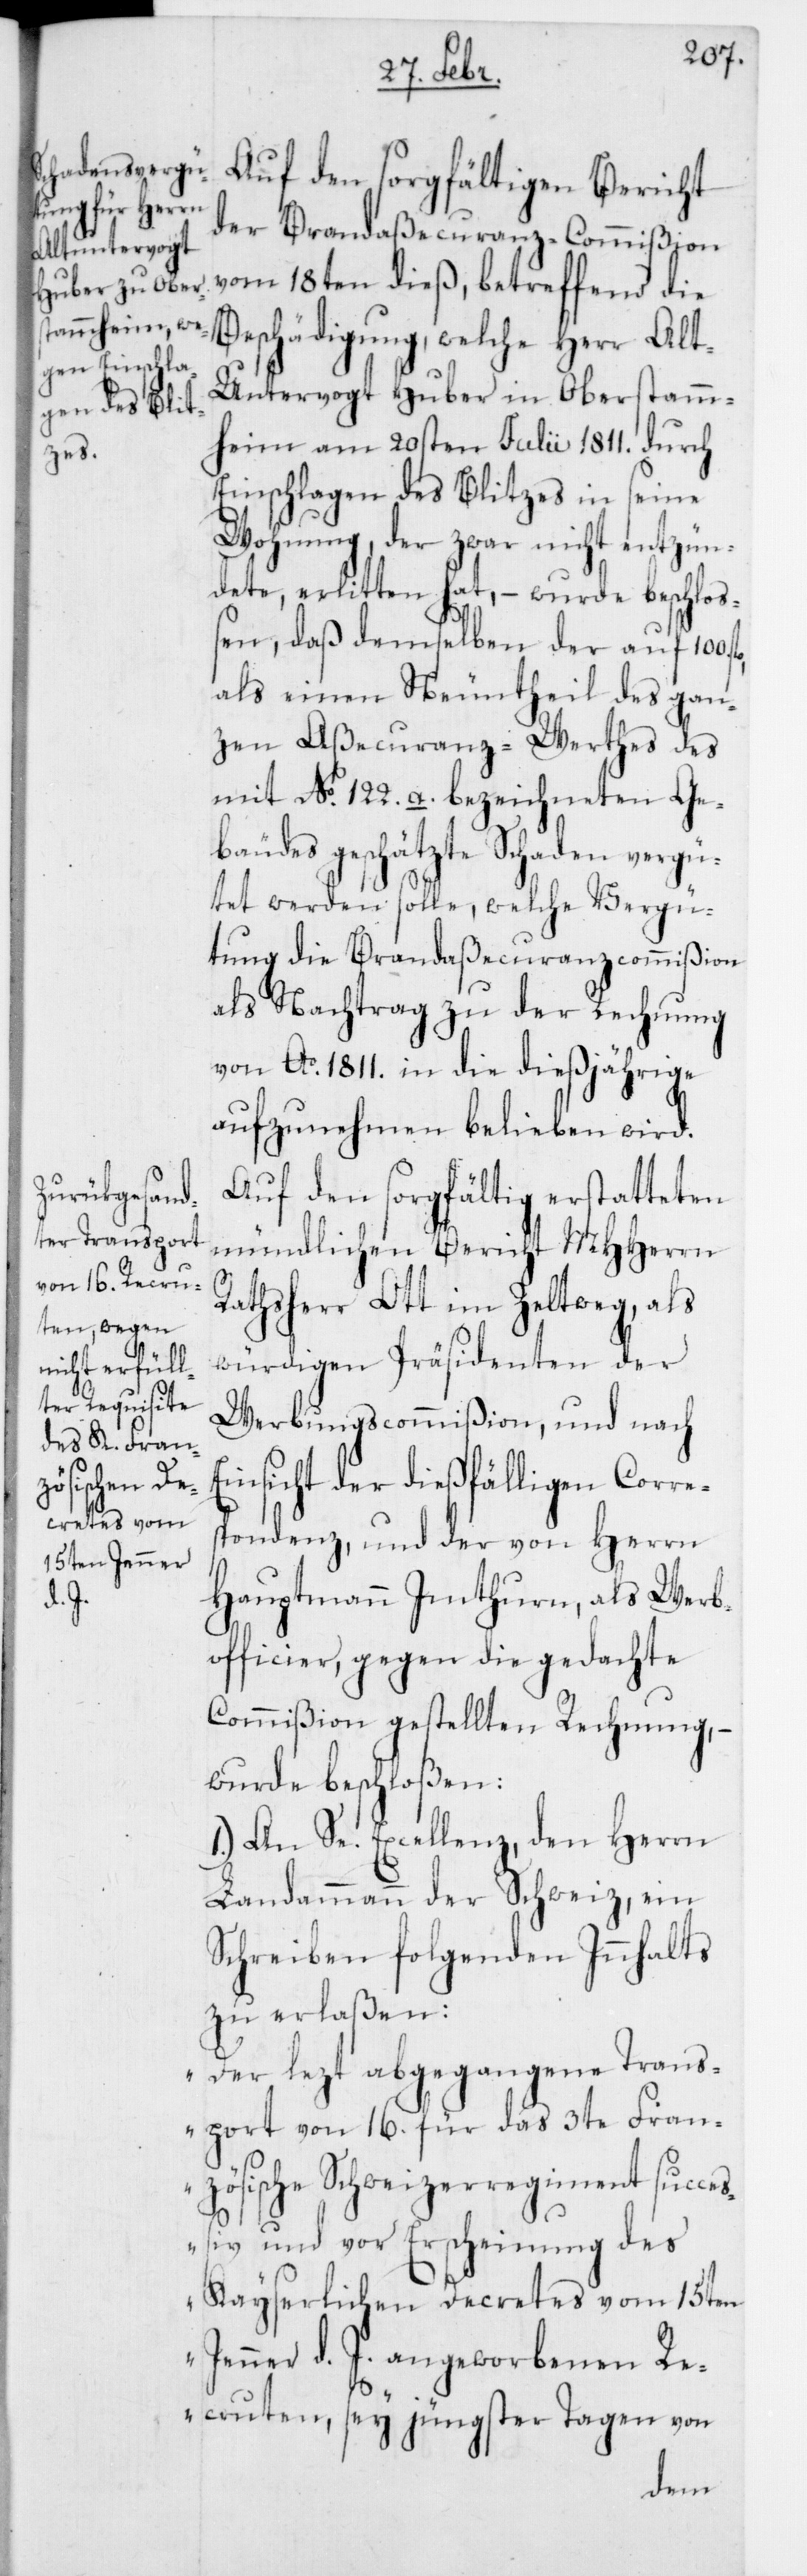
Auf den sorgfältigen Bericht
der Brandaßecuranz-Commißion
vom 18ten dieß, betreffend die
Beschädigung, welche Herr Al¬
t-Untervogt Huber in Oberstamm¬
heim am 20sten Julii 1811. durch
Einschlagen des Blitzes in seine
Wohnung, der zwar nicht entzün¬
dete, erlitten hat, – wurde beschloß¬
en, daß demselben der auf 100.
als einen Neuntheil des gan¬
zen Aßecuranz-Werthes des
mit No. 122. a. bezeichneten Ge¬
bäudes geschätzte Schaden vergü¬
tet werden solle, welche Vergü¬
tung die Brandaßecuranzcommißion
als Nachtrag zu der Rechnung
von Ao. 1811. in die dießjährige
aufzunehmen belieben wird.
Auf den sorgfältig erstatteten
mündlichen Bericht MHHerrn
Rathsherr Ott im Zeltweg, als
würdigen Präsidenten der
Werbungscommißion, und nach
Einsicht der dießfälligen Corre¬
spondenz, und der von Herrn
Hauptmann Imthurn, als Werb¬
officier, gegen die gedachte
Commißion gestellten Rechnung, –
wurde beschloßen:
1.) An Se. Excellenz, den Herrn
Landammann der Schweiz, ein
Schreiben folgenden Innhalts
zu erlaßen:
„Der lezt abgegangene Trans¬
port von 16. für das 3te Fran¬
zösische Schweizerregiment succeß¬
iv und vor Erscheinung des
Kayserlichen Decretes vom 15ten
Jenner d. J. angeworbenen Re¬
cruten, sey jüngster Tagen von